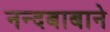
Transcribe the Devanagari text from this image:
नन्दबाबाने